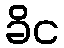
ခိင